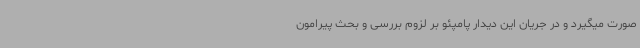
صورت میگیرد و در جریان این دیدار پامپئو بر لزوم بررسی و بحث پیرامون